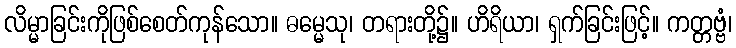
လိမ္မာခြင်းကိုဖြစ်စေတ်ကုန်သော။ ဓမ္မေသု၊ တရားတို့၌။ ဟိရိယာ၊ ရှက်ခြင်းဖြင့်။ ကတ္တဗ္ဗံ၊